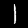
Digit: 1